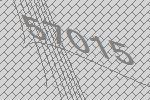
57015